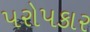
પરોપકાર